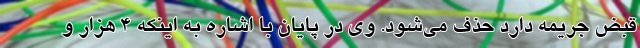
قبض جریمه دارد حذف می‌شود. وی در پایان با اشاره به اینکه ۴ هزار و